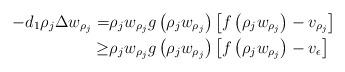
LaTeX: \begin{align*}-d_1\rho_{j} \Delta w_{\rho_{j}}=&\rho_{j} w_{\rho_{j}} g\left(\rho_{j} w_{\rho_{j}}\right)\left[f\left( \rho_{j}w_{\rho_{j}}\right)-v_{\rho_{j}}\right]\\ \ge& \rho_{j} w_{\rho_{j}} g\left(\rho_{j} w_{\rho_{j}}\right)\left[f\left( \rho_{j}w_{\rho_{j}}\right)-v_\epsilon\right]\end{align*}